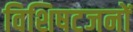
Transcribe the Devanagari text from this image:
विशिषटजनों